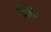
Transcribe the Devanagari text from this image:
किपिंग